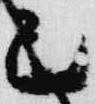
己